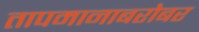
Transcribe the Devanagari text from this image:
तापमानाबरोबर